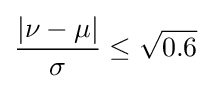
{\frac {|\nu -\mu |}{\sigma }}\leq {\sqrt {0.6}}